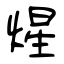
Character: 煋